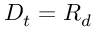
D _ { t } = R _ { d }